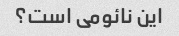
این نائومی است؟